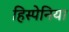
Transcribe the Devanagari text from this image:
हिस्पेनिया